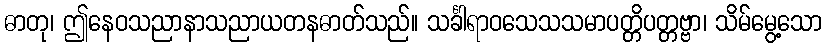
ဓာတု၊ ဤနေဝသညာနာသညာယတနဓာတ်သည်။ သင်္ခါရာဝသေသသမာပတ္တိပတ္တဗ္ဗာ၊ သိမ်မွေ့သော